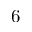
6